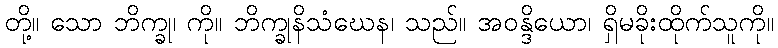
တို့။ သော ဘိက္ခု၊ ကို။ ဘိက္ခုနိသံဃေန၊ သည်။ အဝန္ဒိယော၊ ရှိမခိုးထိုက်သူကို။